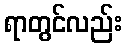
ရာတွင်လည်း